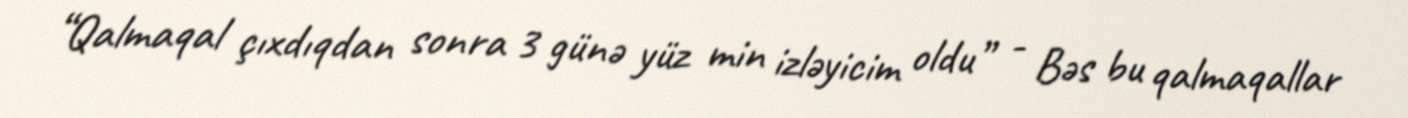
“Qalmaqal çıxdıqdan sonra 3 günə yüz min izləyicim oldu” - Bəs bu qalmaqallar